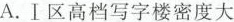
A.Ⅰ区高档写字楼密度大